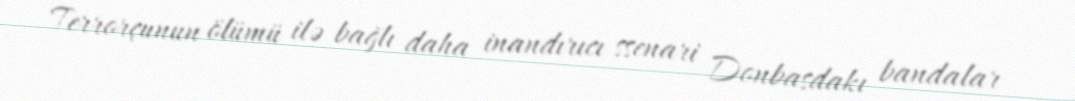
Terrorçunun ölümü ilə bağlı daha inandırıcı ssenari Donbasdakı bandalar